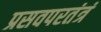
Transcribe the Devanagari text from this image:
प्रसवपरतंत्रं